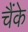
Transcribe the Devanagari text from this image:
चैंके